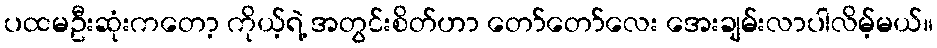
ပထမဦးဆုံးကတော့ ကိုယ့်ရဲ့ အတွင်းစိတ်ဟာ တော်တော်လေး အေးချမ်းလာပါလိမ့်မယ်။